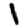
Digit: 1